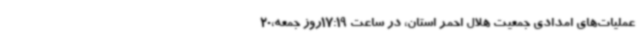
عملیات‌های امدادی جمعیت هلال احمر استان، در ساعت 17:19روز جمعه،20